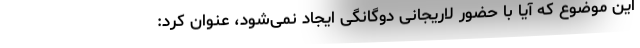
این موضوع که آیا با حضور لاریجانی دوگانگی ایجاد نمی‌شود، عنوان کرد: